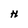
Character: H